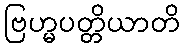
ဗြဟ္မပတ္တိယာတိ